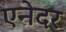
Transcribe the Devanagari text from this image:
एनेदर